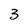
Character: 3